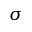
\sigma